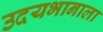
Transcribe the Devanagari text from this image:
उदयभानाला